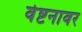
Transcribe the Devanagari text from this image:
वेष्टनावर